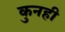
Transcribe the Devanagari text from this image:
कुनही